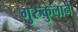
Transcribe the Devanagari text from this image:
गुरुकुलाने